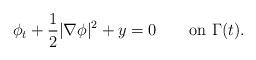
LaTeX: \begin{align*}\phi_t + \frac{1}{2}|\nabla \phi|^2 + y = 0\qquad\mbox{on $\Gamma(t)$}.\end{align*}